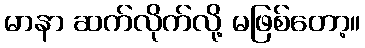
မာနာ ဆက်လိုက်လို့ မဖြစ်တော့။